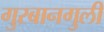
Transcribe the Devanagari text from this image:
गुरबानगुली